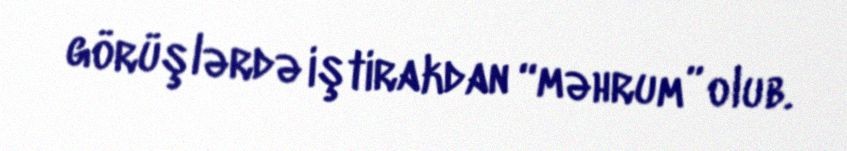
görüşlərdə iştirakdan “məhrum” olub.